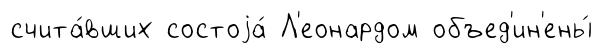
счита́вших состоjа́ Л'еонардом объед'ин'ены́